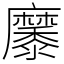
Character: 𪎭